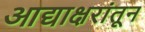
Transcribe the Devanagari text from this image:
आद्याक्षरांतून